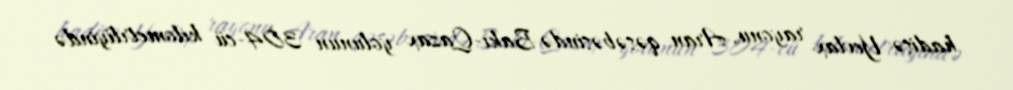
hadisə Yevlax rayonu, Aran qəsəbəsində Bakı-Qazax yolunun 304-cü kilometrliyində